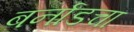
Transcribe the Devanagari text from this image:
बर्नाडचा